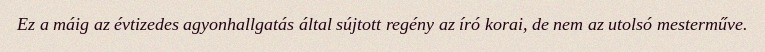
Ez a máig az évtizedes agyonhallgatás által sújtott regény az író korai, de nem az utolsó mesterműve.